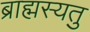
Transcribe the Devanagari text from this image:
ब्राह्मस्यतु